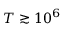
T \gtrsim 1 0 ^ { 6 }